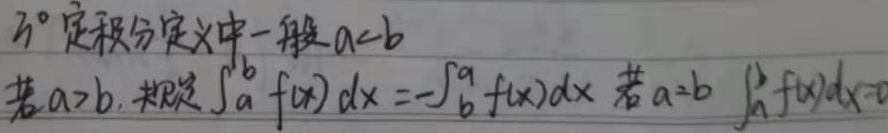
\(3^{\circ}\) 定积分定义中一般\(a < b\)。若\(a>b\)，规定\(\int_{a}^{b} f(x)dx = -\int_{b}^{a} f(x)dx\)；若\(a = b\)，\(\int_{a}^{b} f(x)dx = 0\)